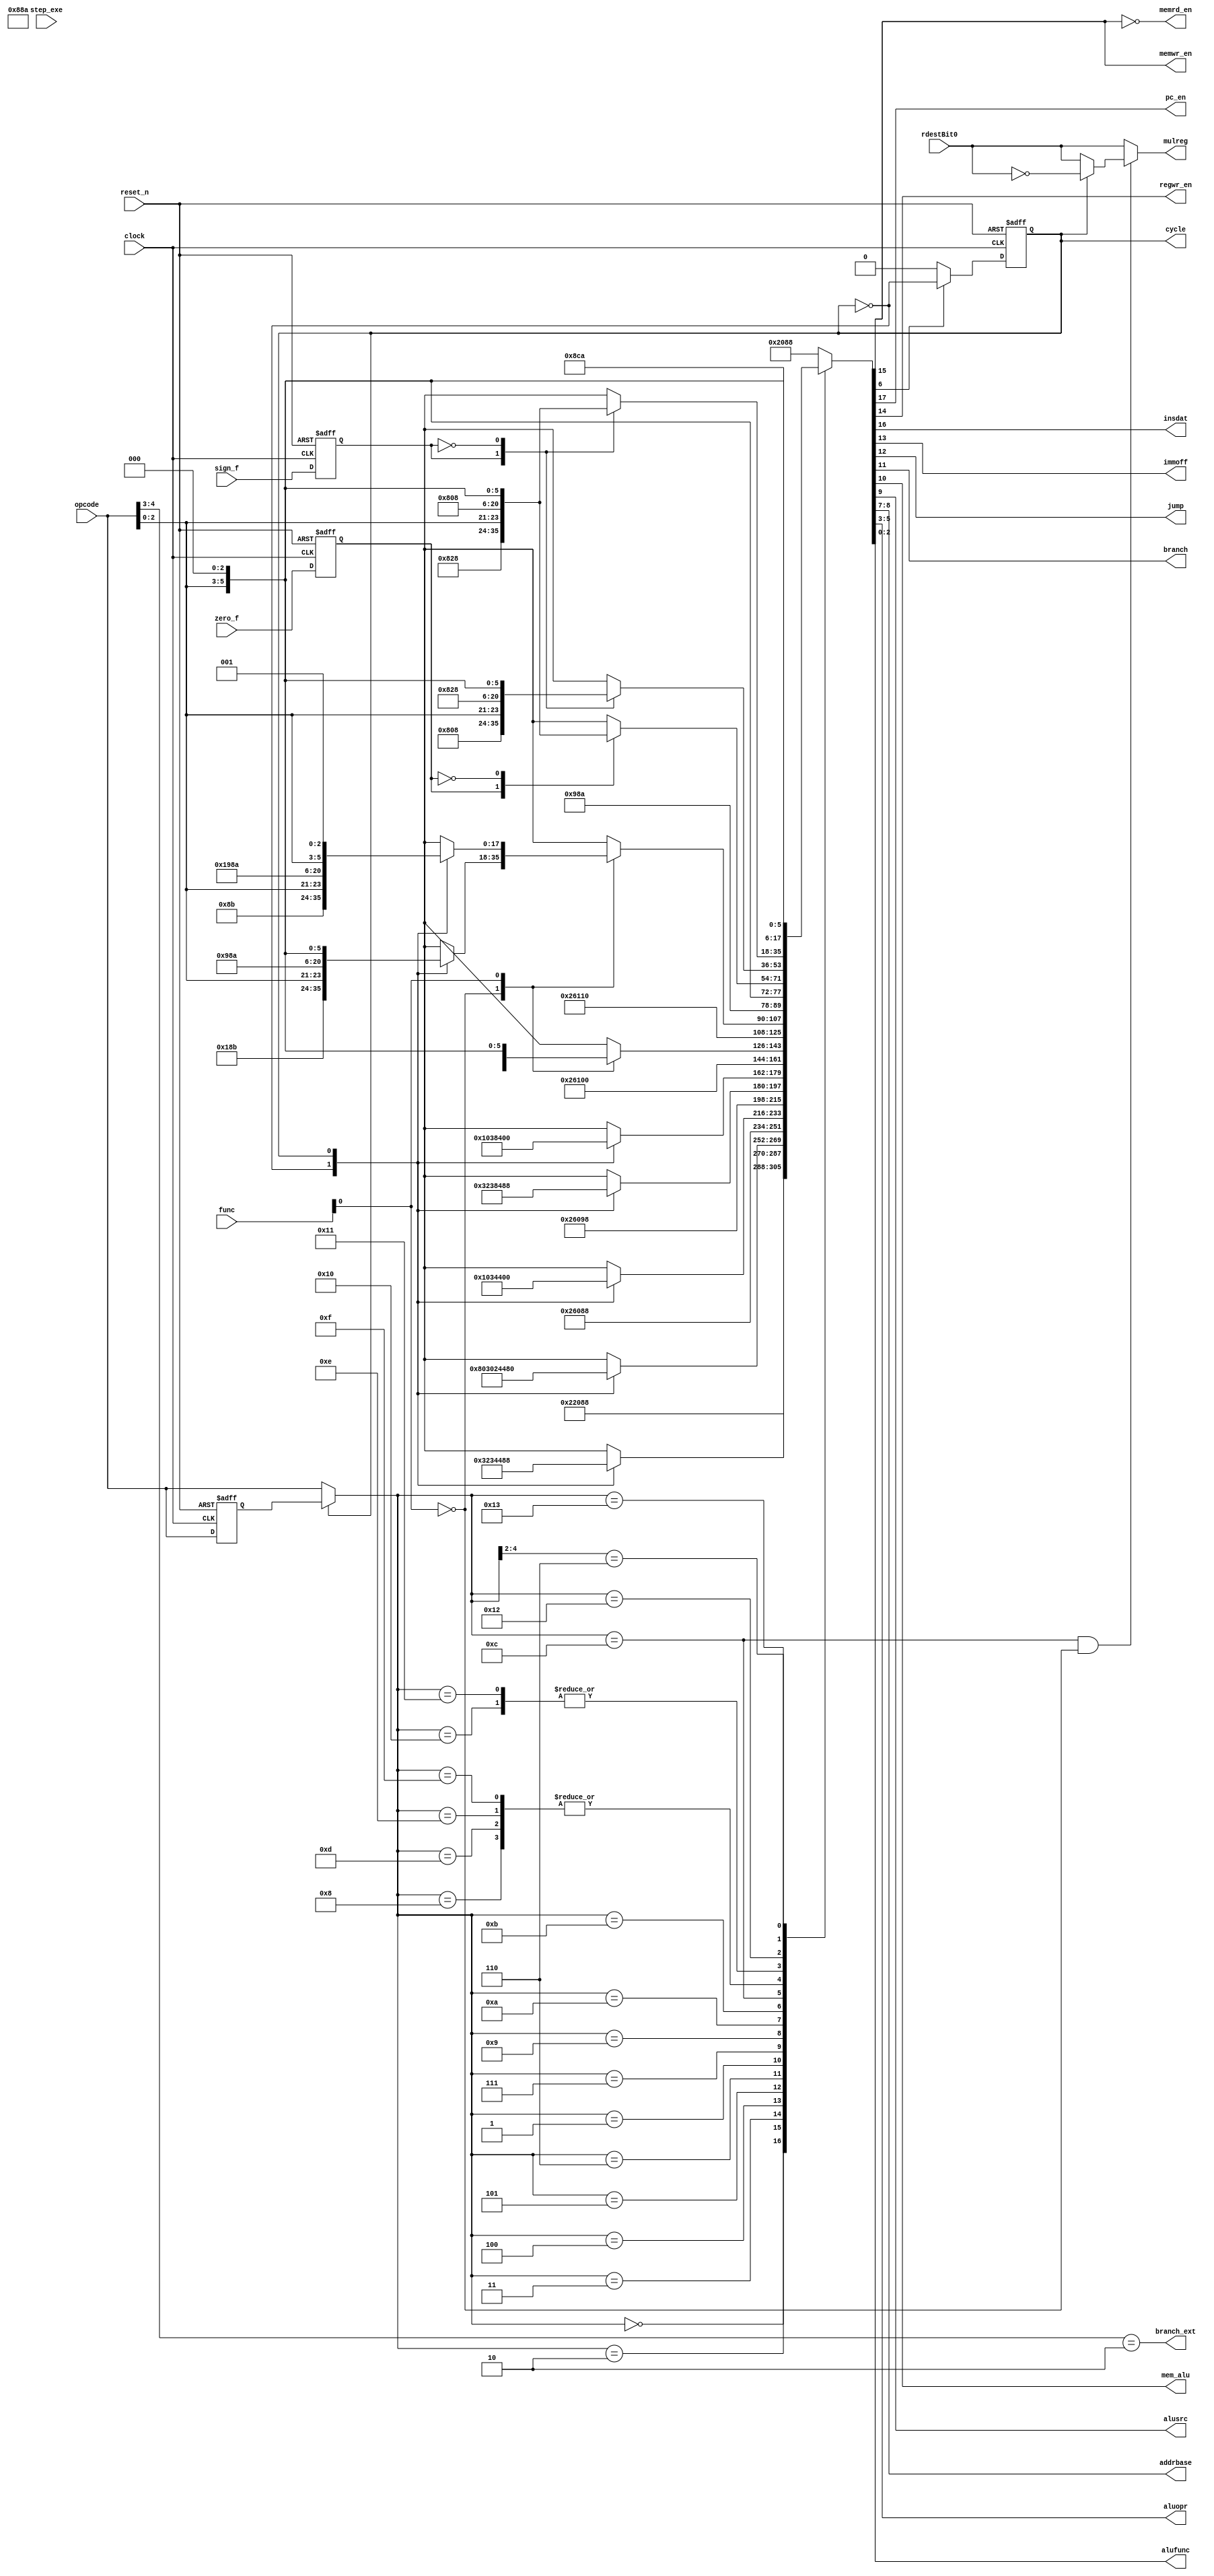
module control(
	input		clock,
	input		reset_n,
	input	[4:0]	opcode,
	input	[2:0]	func,

	input		rdestBit0,	//For multiplication reg selection
	input		sign_f,
	input		zero_f,

	input		step_exe,

	output		pc_en,
	output		memwr_en,
	output		memrd_en,
	output		regwr_en,
	output		mulreg,
	output	reg	cycle,
	
	output		insdat,
	output		immoff,
	output		jump,
	output		branch,
	output		branch_ext,
	output		mem_alu,
	output		alusrc,
	output	[1:0]	addrbase,

	output	[2:0]	aluopr,
	output	[2:0]	alufunc
);

localparam	PAS1	= 3'b001,
		PAS2	= 3'b011,
		FUN1	= 3'b000,
		FUN2	= 3'b001,
		AOFF	= 3'b000,
		AIMM	= 3'b000,
		SIMM	= 3'b010;

localparam	NOP	= 5'b00000,
		HLT	= 5'b11111,
		STA	= 5'b00001,
		LDA	= 5'b00010,	//Load at Address directly
		LDD	= 5'b00011,
		LDR	= 5'b00100,
		LDM	= 5'b00101,
		LDI	= 5'b00110,

		STR	= 5'b00111,
		
		ADD	= 5'b01000,
		ADI	= 5'b01001,
		SUB	= 5'b01010,
		SUI	= 5'b01011,
		MUL	= 5'b01100,
		AND	= 5'b01101,
		ORR	= 5'b01110,
		XOR	= 5'b01111,

		BZR	= 5'b10000,
		BEQ	= 5'b10001,
		BPV	= 5'b10010,
		BNG	= 5'b10011,

		JMP	= 5'b110xx;

localparam	EPC	= 1'b1,	//Enable PC increment
		DPC	= 1'b0,	//Disable PC increment

		MWR	= 1'b1, //Memory Write Enable
		MRD	= 1'b0,	//Memory Read Enable

		IMM	= 1'b1, //Immidiate operand
		OFF	= 1'b0, //Offset operand

		R21	= 2'd2, //bypass RF2 address to R1
		RGA	= 2'd1, //Allow all registers for Reg1 port
		RG0	= 2'd0, //Only register 0 for Base address 

		PSM	= 1'b1, //Pass Memory
		PSA	= 1'b0, //Pass ALU

		TJP	= 1'b1, //Take Jump
		NJP	= 1'b0, //No Jump

		TBR	= 1'b1, //Take Branch
		NBR	= 1'b0, //No branch

		SRG	= 1'b1, //ALU source is Reg2
		SIM	= 1'b0, //ALU source is Immidiate

		WRF	= 1'b1, //Write register file
		RRF	= 1'b0, //Read register file

		CY1	= 1'b0,	//Number of Cycles is 1
		CY2	= 1'b1, //Number of Cycles is 2
		
		INS	= 1'b0,
		DAT	= 1'b1;

//reg cycle;

reg sign_flag;
reg zero_flag;

wire	rdwr;
wire	pc_stat;
wire	mulstat;

wire	num_of_cycles;

wire [2:0] OPR;
wire	   FUN;

wire [4:0] new_opcode;
reg  [4:0] opcode_latch;

reg [17:0] update;

assign memrd_en = ~memwr_en;
assign OPR = opcode[2:0];
assign FUN = func[0];
assign new_opcode = cycle ? opcode_latch : opcode;
assign mulreg = (new_opcode == MUL) & (~FUN) ? (cycle ? (~rdestBit0) : rdestBit0) : rdestBit0; 
assign {pc_en,insdat,memwr_en,regwr_en,immoff,jump,branch,mem_alu,alusrc,addrbase,num_of_cycles,aluopr,alufunc} = update;
assign branch_ext = (opcode[4:3] == 2'b10);
always@(posedge clock or negedge reset_n)
begin
	if(~reset_n)
	begin
		sign_flag	<= 1'd0;
		zero_flag	<= 1'd0;
		cycle		<= 1'd0;
		opcode_latch	<= 5'd0;
	end
	else
	begin
		opcode_latch	<= opcode;
		sign_flag	<= sign_f;
		zero_flag	<= zero_f;
		if(num_of_cycles == CY2)
			cycle <= ~cycle;
		else
			cycle <= CY1;
	end
end

always@(*)
begin
	casex(new_opcode)
		NOP: update = {EPC,INS,MRD,RRF,IMM,NJP,NBR,PSA,SIM,RGA,CY1,PAS1,FUN1};
		HLT: update = {DPC,INS,MRD,RRF,IMM,NJP,NBR,PSA,SIM,RGA,CY1,PAS1,FUN1};
		LDA: case(cycle)
			CY1: update = {DPC,INS,MRD,RRF,OFF,NJP,NBR,PSA,SIM,RGA,CY2,PAS1,FUN1};
			CY2: update = {EPC,DAT,MRD,WRF,OFF,NJP,NBR,PSM,SIM,RGA,CY1,PAS1,FUN1};
		     endcase
		LDD: case(cycle)
			CY1: update = {EPC,INS,MRD,RRF,OFF,NJP,NBR,PSA,SIM,RGA,CY2,AOFF,FUN1};
			CY2: update = {EPC,INS,MRD,WRF,OFF,NJP,NBR,PSM,SIM,RGA,CY1,AOFF,FUN1};
		     endcase
		LDR: update = {EPC,INS,MRD,WRF,IMM,NJP,NBR,PSA,SIM,RGA,CY1,PAS1,FUN1};
		    /*case(cycle)
			CY1: update = {DPC,INS,MRD,RRF,IMM,NJP,NBR,PSA,SIM,RGA,CY2,PAS1,FUN1};
			CY2: update = {EPC,INS,MRD,WRF,IMM,NJP,NBR,PSA,SIM,RGA,CY2,PAS1,FUN1};
		     endcase*/
		LDM: case(cycle)
			CY1: update = {DPC,INS,MRD,RRF,OFF,NJP,NBR,PSA,SIM,RG0,CY2,AOFF,FUN1};
			CY2: update = {EPC,DAT,MRD,WRF,OFF,NJP,NBR,PSM,SIM,RG0,CY1,AOFF,FUN1};
		     endcase
		LDI: update = {EPC,INS,MRD,WRF,IMM,NJP,NBR,PSA,SIM,RGA,CY1,PAS2,FUN1};
		STA: case(cycle)
			CY1: update = {DPC,INS,MRD,RRF,OFF,NJP,NBR,PSA,SIM,RGA,CY2,PAS1,FUN1};
			CY2: update = {EPC,DAT,MWR,RRF,OFF,NJP,NBR,PSM,SIM,RGA,CY1,PAS1,FUN1};
		     endcase
		STR: case(cycle)
			CY1: update = {DPC,INS,MRD,RRF,OFF,NJP,NBR,PSA,SIM,RG0,CY2,AOFF,FUN1};
			CY2: update = {EPC,DAT,MWR,RRF,OFF,NJP,NBR,PSM,SIM,RG0,CY1,AOFF,FUN1};
		     endcase
		ADD: update = {EPC,INS,MRD,WRF,IMM,NJP,NBR,PSA,SRG,RGA,CY1,OPR,FUN1};
		ADI: update = {EPC,INS,MRD,WRF,IMM,NJP,NBR,PSA,SIM,R21,CY1,AIMM,FUN1};
		SUB: case(FUN)
			1'b0	: update = {EPC,INS,MRD,WRF,IMM,NJP,NBR,PSA,SRG,RGA,CY1,OPR,FUN1};
			1'b1	: update = {EPC,INS,MRD,RRF,IMM,NJP,NBR,PSA,SRG,RGA,CY1,OPR,FUN1};
		     endcase
		SUI: update = {EPC,INS,MRD,WRF,IMM,NJP,NBR,PSA,SIM,R21,CY1,SIMM,FUN1};
		MUL: case(FUN)
			1'b0	: case(cycle)
					CY1: update = {DPC,INS,MRD,WRF,IMM,NJP,NBR,PSA,SRG,RGA,CY2,OPR,FUN1};
					CY2: update = {EPC,INS,MRD,WRF,IMM,NJP,NBR,PSA,SRG,RGA,CY1,OPR,FUN1};
				  endcase
			1'b1	: case(cycle)
					CY1: update = {DPC,INS,MRD,RRF,IMM,NJP,NBR,PSA,SRG,RGA,CY2,OPR,FUN2};		//MOD
					CY2: update = {EPC,INS,MRD,WRF,IMM,NJP,NBR,PSA,SRG,RGA,CY1,OPR,FUN2};
				  endcase
		     endcase
		AND: update = {EPC,INS,MRD,WRF,IMM,NJP,NBR,PSA,SRG,RGA,CY1,OPR,FUN1};
		ORR: update = {EPC,INS,MRD,WRF,IMM,NJP,NBR,PSA,SRG,RGA,CY1,OPR,FUN1};
		XOR: update = {EPC,INS,MRD,WRF,IMM,NJP,NBR,PSA,SRG,RGA,CY1,OPR,FUN1};

		BZR: case(zero_flag)
			1'b1: update = {EPC,INS,MRD,RRF,OFF,NJP,TBR,PSA,SRG,RG0,CY1,OPR,FUN1};
			1'b0: update = {EPC,INS,MRD,RRF,OFF,NJP,NBR,PSA,SRG,RG0,CY1,OPR,FUN1};
		     endcase
		BEQ: case(zero_flag)
			1'b1: update = {EPC,INS,MRD,RRF,OFF,NJP,TBR,PSA,SRG,RG0,CY1,OPR,FUN1};
			1'b0: update = {EPC,INS,MRD,RRF,OFF,NJP,NBR,PSA,SRG,RG0,CY1,OPR,FUN1};
		     endcase
		BPV: case(sign_flag)
			1'b1: update = {EPC,INS,MRD,RRF,OFF,NJP,NBR,PSA,SRG,RG0,CY1,OPR,FUN1};
			1'b0: update = {EPC,INS,MRD,RRF,OFF,NJP,TBR,PSA,SRG,RG0,CY1,OPR,FUN1};
		     endcase
		BNG: case(sign_flag)
			1'b1: update = {EPC,INS,MRD,RRF,OFF,NJP,TBR,PSA,SRG,RG0,CY1,OPR,FUN1};
			1'b0: update = {EPC,INS,MRD,RRF,OFF,NJP,NBR,PSA,SRG,RG0,CY1,OPR,FUN1};
		     endcase
		
		JMP: update = {EPC,INS,MRD,RRF,IMM,TJP,NBR,PSA,SRG,RGA,CY1,OPR,FUN1};
		
		default: update = {DPC,INS,MRD,RRF,IMM,NJP,NBR,PSA,SIM,RGA,CY1,PAS1,FUN1};
	endcase
end

endmodule